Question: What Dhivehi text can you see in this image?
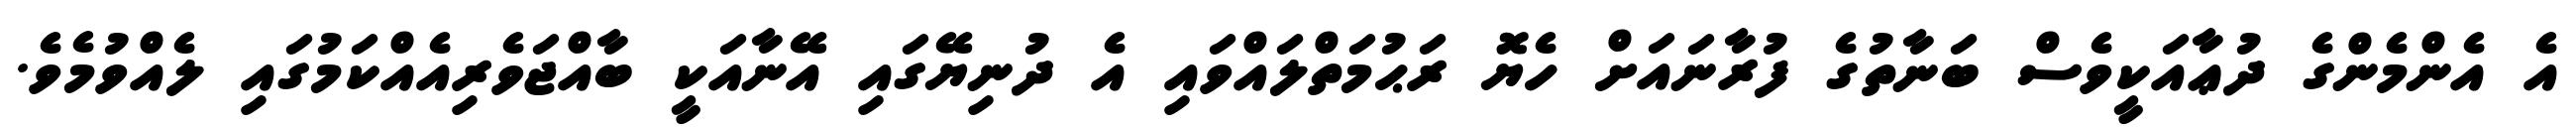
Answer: އެ އެންމެންގެ ދުޢާއަކީވެސް ބަނާތުގެ ފުރާނައަށް ހެޔޮ ރަޙުމަތްލައްވައި އެ ދުނިޔޭގައި އޭނާއަކީ ބާއްޖަވެރިއެއްކަމުގައި ލެއްވުމެވެ.